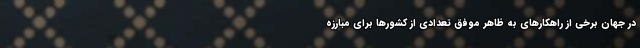
در جهان برخی از راهکارهای به ظاهر موفق تعدادی از کشورها برای مبارزه